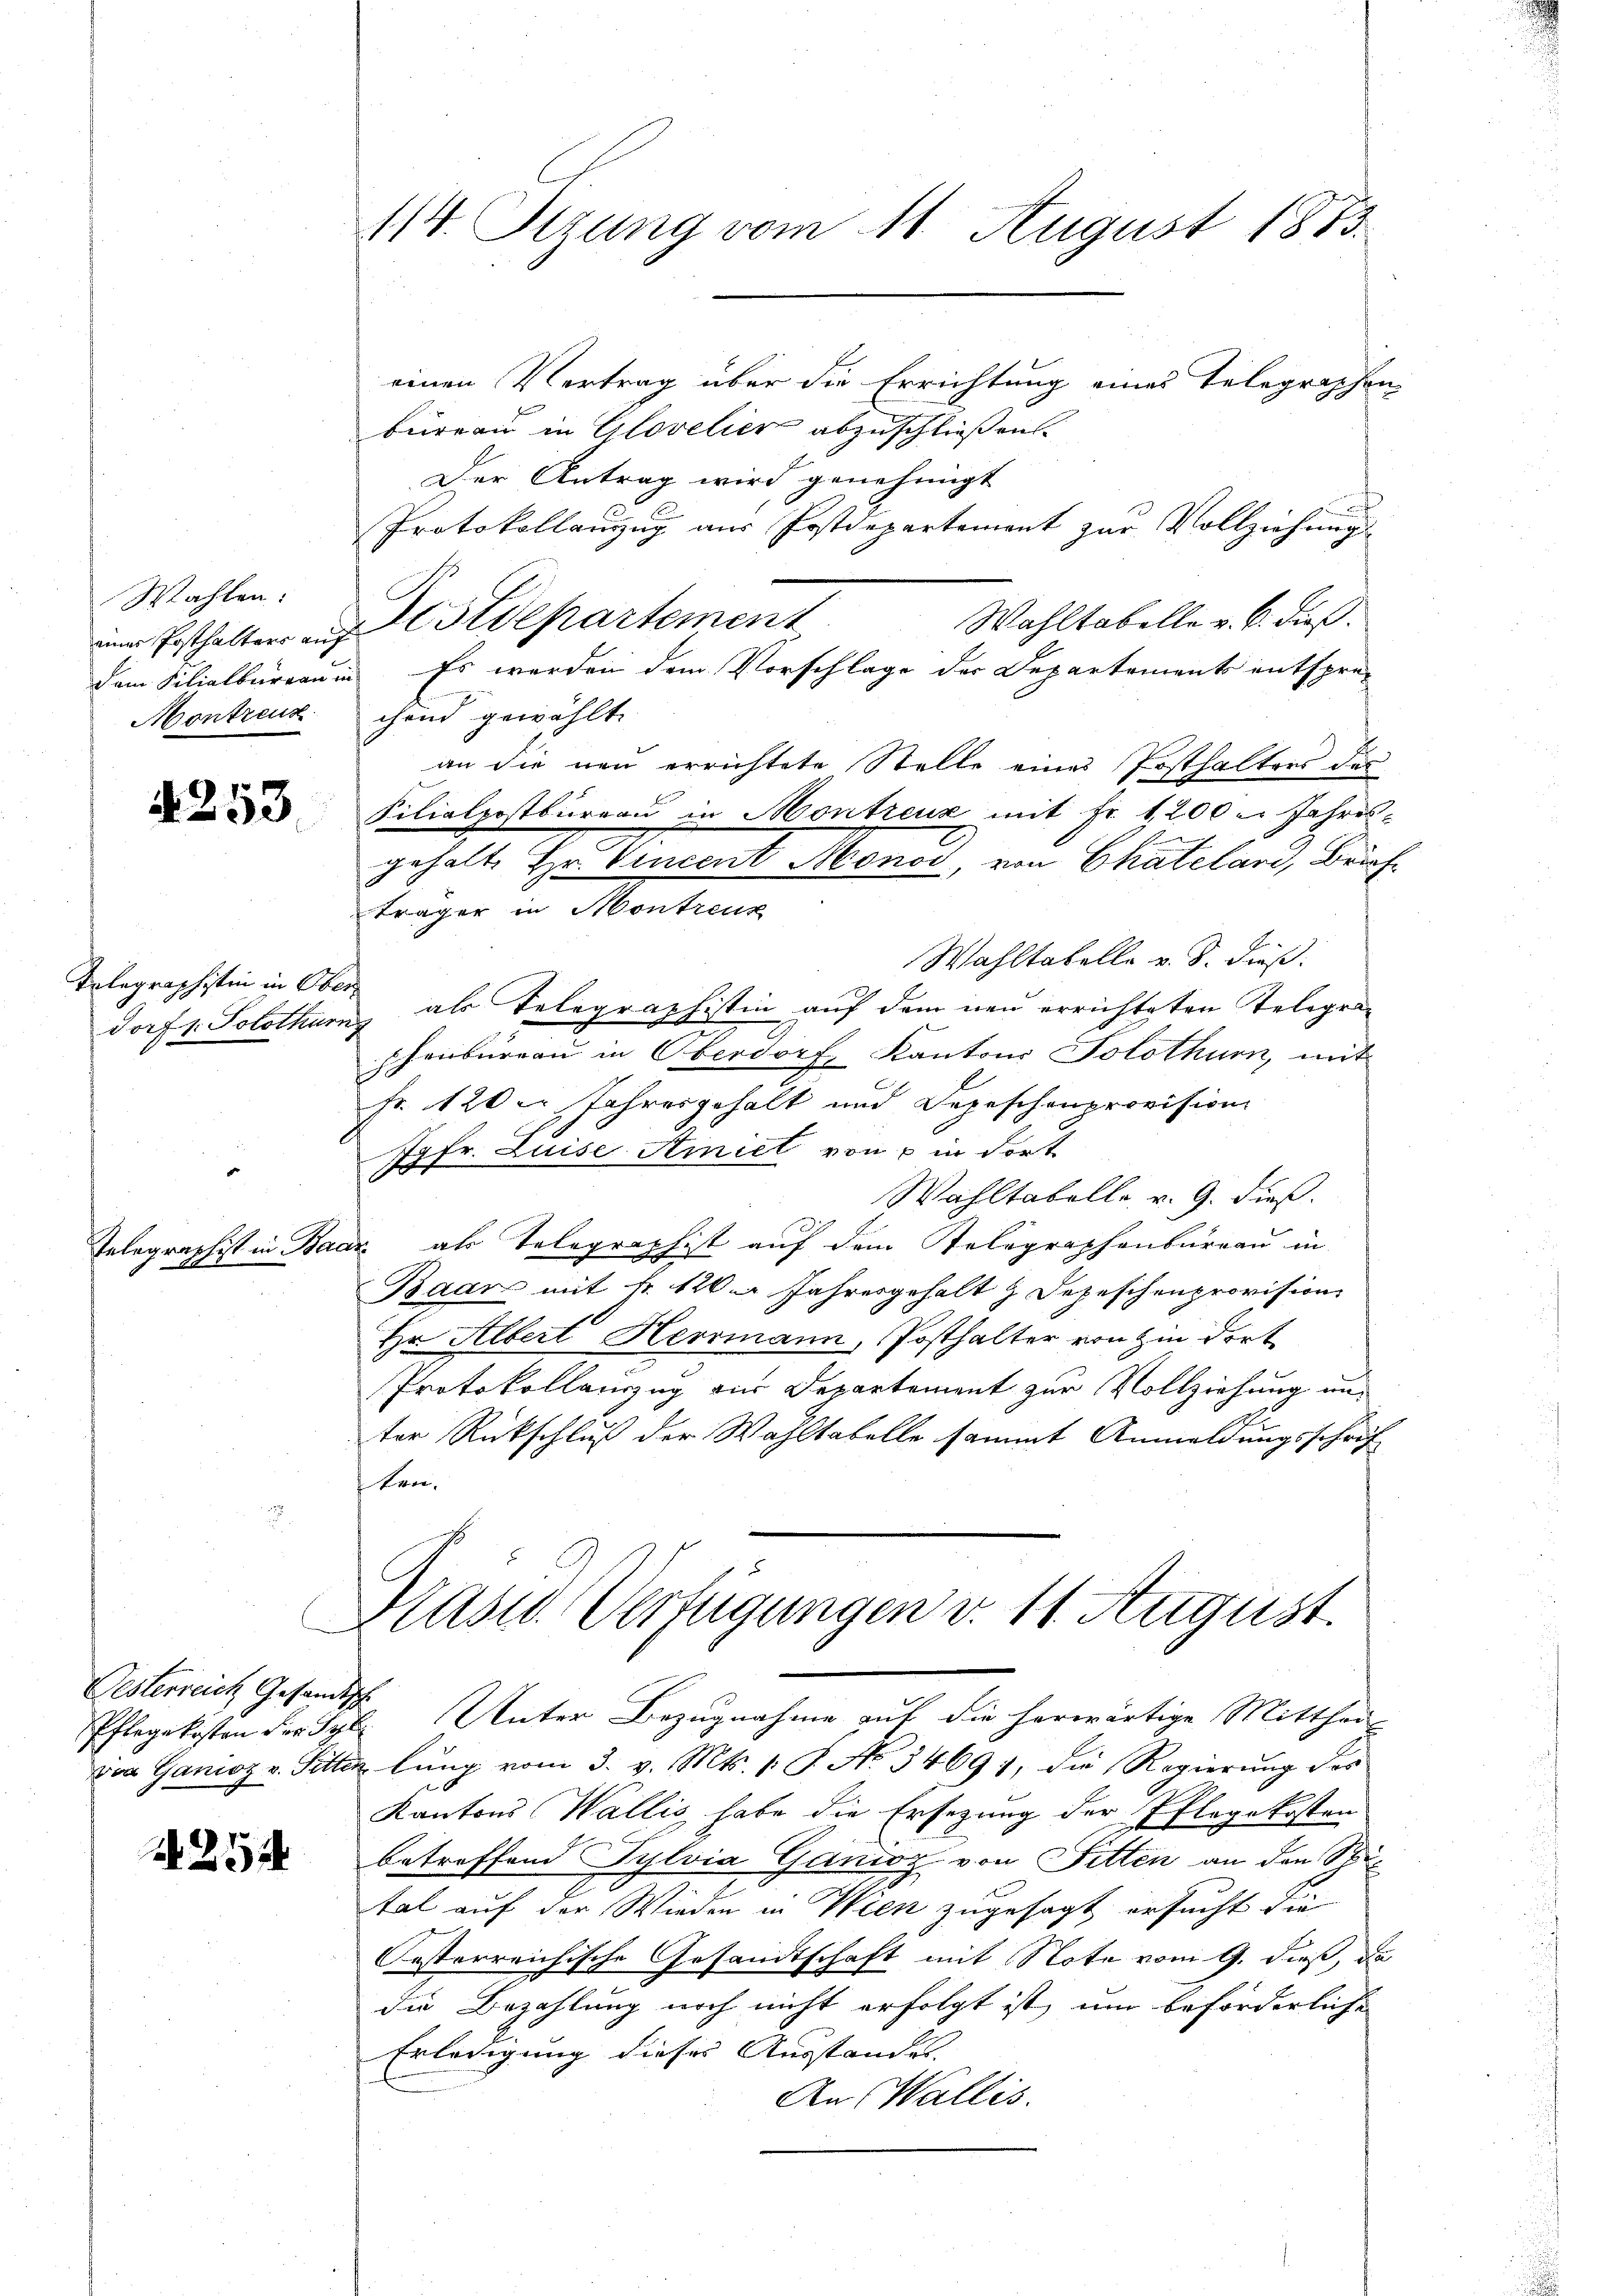
Wahlen:
Montreuz

4253.

Telegraphistin in Ober¬

Oesterreich Gesandtsch

A 254

114. Sizung vom 11. August 1873.

einen Vertrag über die Errichtung eines Telegraphen
büreau in Glovelier abzuschließen.
Der Antrag wird genehmigt
Protokollauzug aus Postdepartement zur Vollziehung
Wahltabelle v. 6. dieß.
dem Filialbureau in Es werden dem Vorschlage der Departements entsprechend gewählt.
an die neu errichtete Stelle eines Posthalters das
Filialpostbureau in Montreuz mit Fr. 1200 u. Jahres-
gehalte Hr. Vincent Monod, von Chatelari, Brief-
Wahltabelle v. S. dieß.
dorf 1. Solothur, als Telegraphistin auf dem neu errichteten Telegraphenbureau in Oberdorf, Kantons Solothurn, mit
Fr. 120er Jahresgehalt und Depeschenprovision
Jgfr. Luise Amiet von 7 in dort
Wahltabelle, v. 9. dieß.
Telegraphist in Baar als Telegraphist auf dem Telegraphenburgau in
Baars mit fr. 126. Jahresgehalt & Depeschenprovision
Hr Albert Herrmann, Posthalter von in dort
Protokollanzug aus Departement zur Vollziehung unter Rückschluß der Wahltabelle sammt Anmeldungsschrif
kver

um Ersthalter auf Stdepartement

träger in Montreux

Pflegekosten der Tyl. Unter Bezugnahme auf die herwärtige Mittheil
von Ganioz v. Sitten lung vom 3. v. Mts. s. S. No 34697, die Regierung des
Kantons Wallis habe die Ersezung der Pflegekosten
betreffend Pylvia Ganioz von Fitten an den Spital auf der Wieder in Wien zugesagt ersucht die
Orsterreichische Gesandtschaft mit Note vom 9. dieß, da
die Bezahlung noch nicht erfolgt ist, um beförderliche
Erledigung dieses Ausstandes.
An Wallis.

Brasis. Verfügungen v. 11. August.